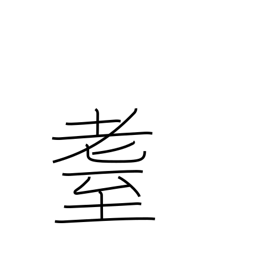
Meaning: elderly